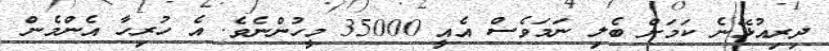
ދިރިއުޅޭނެ ކަމަށް ބެލި ނަމަވެސް އެއީ 35000 މީހުންނެވެ. އެ ހުރިހާ އެންމެން